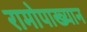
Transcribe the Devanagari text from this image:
रामोपाख्यान